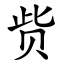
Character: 赀